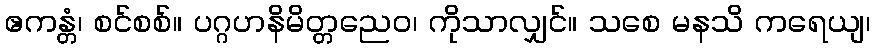
ဧကန္တံ၊ စင်စစ်။ ပဂ္ဂဟနိမိတ္တညေဝ၊ ကိုသာလျှင်။ သစေ မနသိ ကရေယျ၊